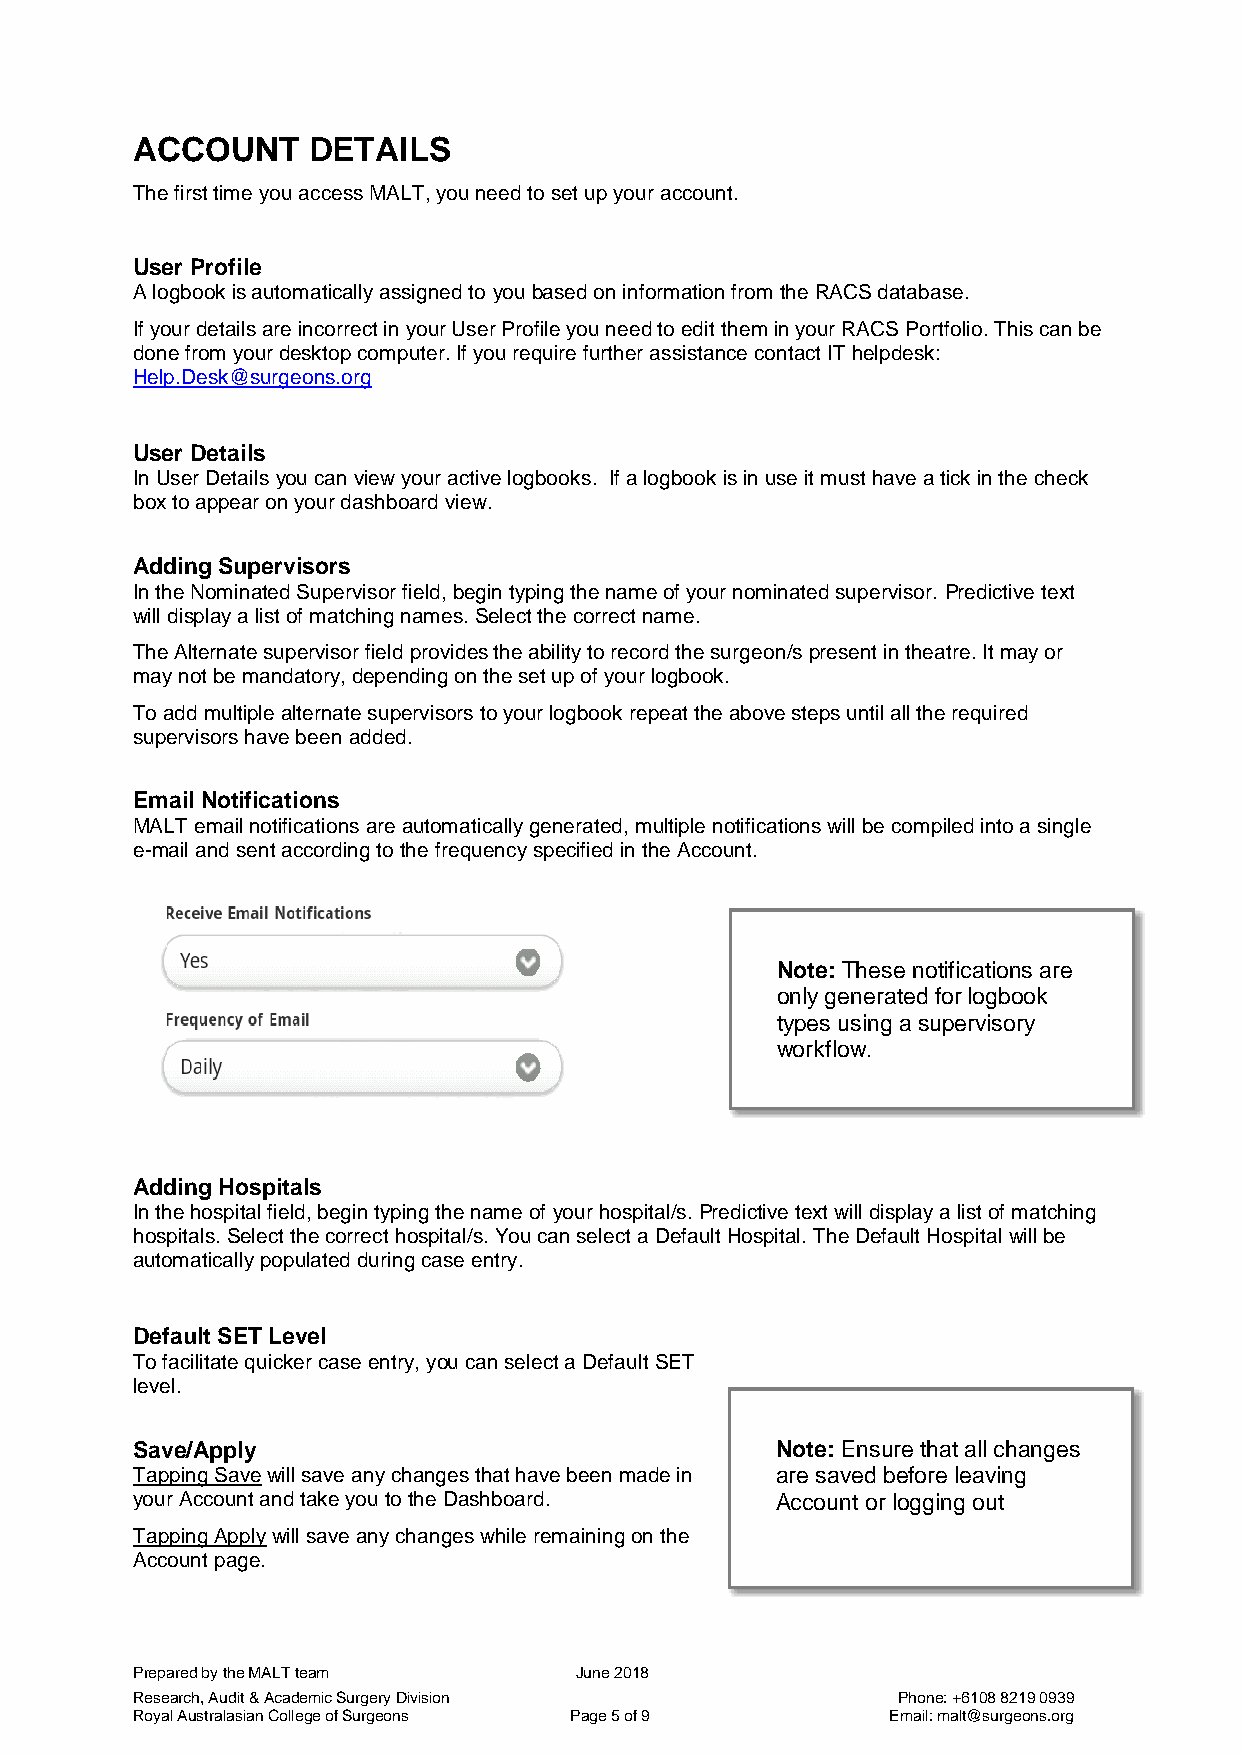
ACCOUNT    DETAILS
 The first time you access MALT, you need to set up your account.
 User Profile
 A logbook is automatically assigned to you based on information from the RACS database.
 If your details are incorrect in your User Profile you need to edit them in your RACS Portfolio. This can be
 done from your desktop computer. If you require further assistance contact IT helpdesk:
 Help.Desk@surgeons.org
 User Details
 In User Details you can view your active logbooks. If a logbook is in use it must have a tick in the check
 box to appear on your dashboard view.
 Adding Supervisors
 In the Nominated Supervisor field, begin typing the name of your nominated supervisor. Predictive text
 will display a list of matching names. Select the correct name.
 The Alternate supervisor field provides the ability to record the surgeon/s present in theatre. It may or
 may not be mandatory, depending on the set up of your logbook.
 To add multiple alternate supervisors to your logbook repeat the above steps until all the required
 supervisors have been added.
 Email Notifications
 MALT email notifications are automatically generated, multiple notifications will be compiled into a single
 e-mail and sent according to the frequency specified in the Account.
 Note: These notifications are
 only generated for logbook
 types using a supervisory
 workflow.
 Adding Hospitals
 In the hospital field, begin typing the name of your hospital/s. Predictive text will display a list of matching
 hospitals. Select the correct hospital/s. You can select a Default Hospital. The Default Hospital will be
 automatically populated during case entry.
 Default SET Level
 To facilitate quicker case entry, you can select a Default SET
 level.
 Save/Apply                                Note: Ensure that all changes
 Tapping Save will save any changes that have been made in are saved before leaving
 your Account and take you to the Dashboard. Account or logging out
 Tapping Apply will save any changes while remaining on the
 Account page.
 Prepared by the MALT team    June 2018
 Research, Audit & Academic Surgery Division       Phone: +6108 8219 0939
 Royal Australasian College of Surgeons Page 5 of 9 Email: malt@surgeons.org